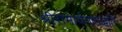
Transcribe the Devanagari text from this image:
श्रीरामार्चनापद्धति